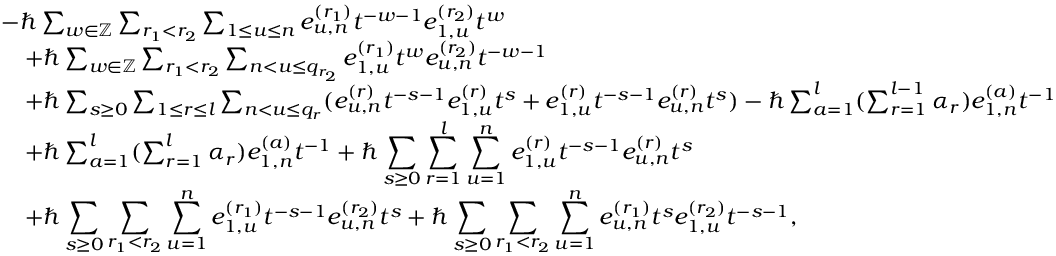
\begin{array} { r l } & { - \hbar \sum _ { w \in \mathbb { Z } } \sum _ { r _ { 1 } < r _ { 2 } } \sum _ { 1 \leq u \leq n } e _ { u , n } ^ { ( r _ { 1 } ) } t ^ { - w - 1 } e _ { 1 , u } ^ { ( r _ { 2 } ) } t ^ { w } } \\ & { \quad + \hbar \sum _ { w \in \mathbb { Z } } \sum _ { r _ { 1 } < r _ { 2 } } \sum _ { n < u \leq q _ { r _ { 2 } } } e _ { 1 , u } ^ { ( r _ { 1 } ) } t ^ { w } e _ { u , n } ^ { ( r _ { 2 } ) } t ^ { - w - 1 } } \\ & { \quad + \hbar \sum _ { s \geq 0 } \sum _ { 1 \leq r \leq l } \sum _ { n < u \leq q _ { r } } ( e _ { u , n } ^ { ( r ) } t ^ { - s - 1 } e _ { 1 , u } ^ { ( r ) } t ^ { s } + e _ { 1 , u } ^ { ( r ) } t ^ { - s - 1 } e _ { u , n } ^ { ( r ) } t ^ { s } ) - \hbar \sum _ { a = 1 } ^ { l } ( \sum _ { r = 1 } ^ { l - 1 } \alpha _ { r } ) e _ { 1 , n } ^ { ( a ) } t ^ { - 1 } } \\ & { \quad + \hbar \sum _ { a = 1 } ^ { l } ( \sum _ { r = 1 } ^ { l } \alpha _ { r } ) e _ { 1 , n } ^ { ( a ) } t ^ { - 1 } + \hbar \displaystyle \sum _ { s \geq 0 } \sum _ { r = 1 } ^ { l } \displaystyle \sum _ { u = 1 } ^ { n } e _ { 1 , u } ^ { ( r ) } t ^ { - s - 1 } e _ { u , n } ^ { ( r ) } t ^ { s } } \\ & { \quad + \hbar \displaystyle \sum _ { s \geq 0 } \sum _ { r _ { 1 } < r _ { 2 } } \displaystyle \sum _ { u = 1 } ^ { n } e _ { 1 , u } ^ { ( r _ { 1 } ) } t ^ { - s - 1 } e _ { u , n } ^ { ( r _ { 2 } ) } t ^ { s } + \hbar \displaystyle \sum _ { s \geq 0 } \sum _ { r _ { 1 } < r _ { 2 } } \displaystyle \sum _ { u = 1 } ^ { n } e _ { u , n } ^ { ( r _ { 1 } ) } t ^ { s } e _ { 1 , u } ^ { ( r _ { 2 } ) } t ^ { - s - 1 } , } \end{array}